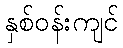
နှစ်ဝန်းကျင်